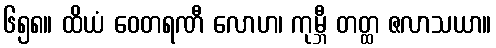
၆၅၈။ ထိယံ ဝေတရဏီ လောဟ၊ ကုမ္ဘီ တတ္ထ ဇလာသယာ။